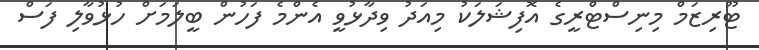
ޓޫރިޒަމް މިނިސްޓްރީގެ އޮފިޝަލަކު މިއަދު ވިދާޅުވީ އެންމެ ފަހުން ބީލަމަށް ހުޅުވާލި ފަސް